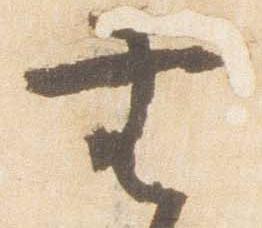
無